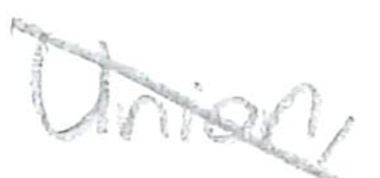
Text: Union,
Cross-out: diagonal
Writing tool: pencil